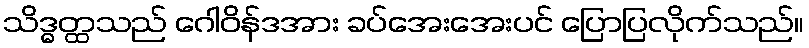
သိဒ္ဓတ္ထသည် ဂေါဝိန်ဒအား ခပ်အေးအေးပင် ပြောပြလိုက်သည်။